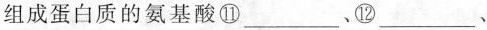
组成蛋白质的氨基酸⑪___、⑫___、